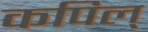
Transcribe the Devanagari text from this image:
कपिल्